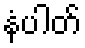
နံပါတ်